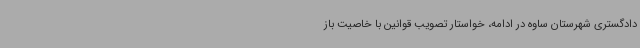
دادگستری شهرستان ساوه در ادامه، خواستار تصویب قوانین با خاصیت باز